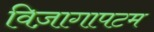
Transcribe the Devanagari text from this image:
विज़ागापटम